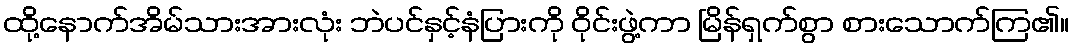
ထို့နောက်အိမ်သားအားလုံး ဘဲပင်နှင့်နံပြားကို ဝိုင်းဖွဲ့ကာ မြိန်ရှက်စွာ စားသောက်ကြ၏။